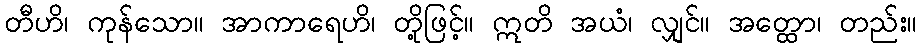
တီဟိ၊ ကုန်သော။ အာကာရေဟိ၊ တို့ဖြင့်။ ဣတိ အယံ၊ လျှင်။ အတ္ထော၊ တည်း။